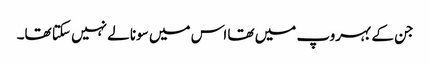
جن کے بہروپ میں تھا اس میں سونا لے نہیں سکتا تھا۔